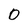
Character: 0